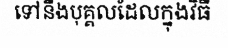
ទៅនឹងបុគ្គលដែលក្នុងវិធី